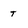
Character: t